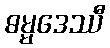
ဓမ္မဒေဿီ